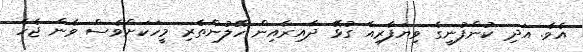
އެވެ. އަދި ކުންފުނީގެ ވިޔަފާރިއާ ގުޅޭ ދާއިރާއިން ހޭލުންތެރި މީހަކަށްވެސް ވާން ޖެހެ